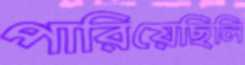
পারিয়েছিলি